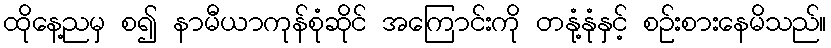
ထိုနေ့ညမှ စ၍ နာမီယာကုန်စုံဆိုင် အကြောင်းကို တနုံ့နုံနှင့် စဉ်းစားနေမိသည်။